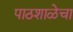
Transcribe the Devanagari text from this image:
पाठशाळेचा